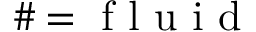
\# = \mathrm { ~ f ~ l ~ u ~ i ~ d ~ }